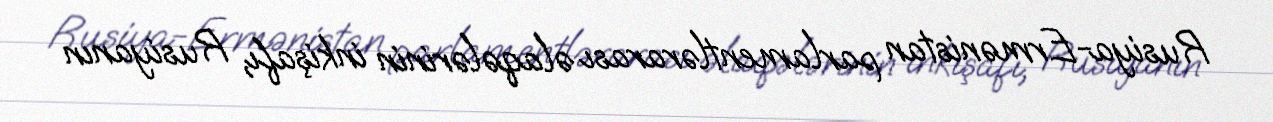
Rusiya-Ermənistan parlamentlərarası əlaqələrinin inkişafı, Rusiyanın